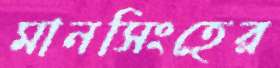
মানসিংহের